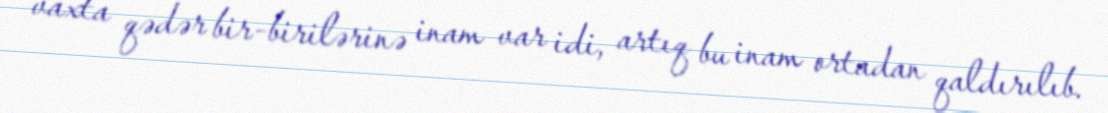
vaxta qədər bir-birilərinə inam var idi, artıq bu inam ortadan qaldırılıb.